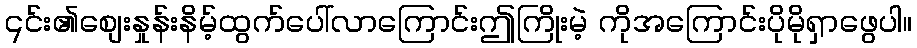
၎င်း၏စျေးနှုန်းနိမ့်ထွက်ပေါ်လာကြောင်းဤကြိုးမဲ့ ကိုအကြောင်းပိုမိုရှာဖွေပါ။